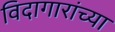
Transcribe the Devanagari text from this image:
विदागारांच्या